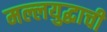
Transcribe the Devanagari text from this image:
मल्लयुद्धाची